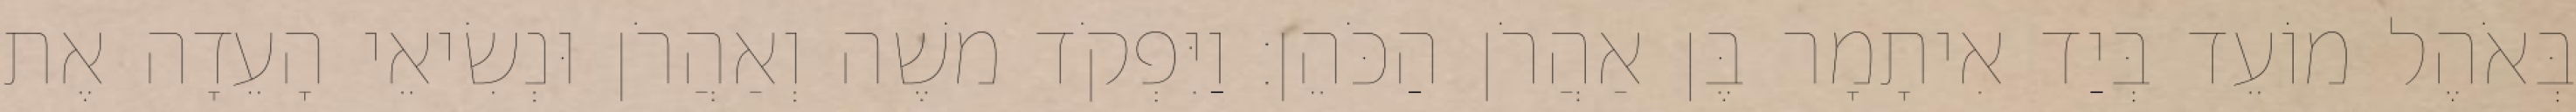
בְּאֹהֶל מוֹעֵד בְּיַד אִיתָמָר בֶּן אַהֲרֹן הַכֹּהֵן׃ וַיִּפְקֹד משֶׁה וְאַהֲרֹן וּנְשִׂיאֵי הָעֵדָה אֶת